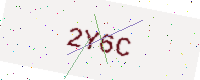
Text: 2Y6C